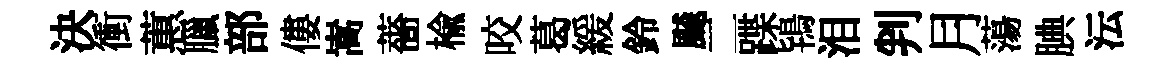
決衝蕙臘部僂嵩薔榆咬葛緩鈴飇二蹀鴇泪判月蕩腆沄